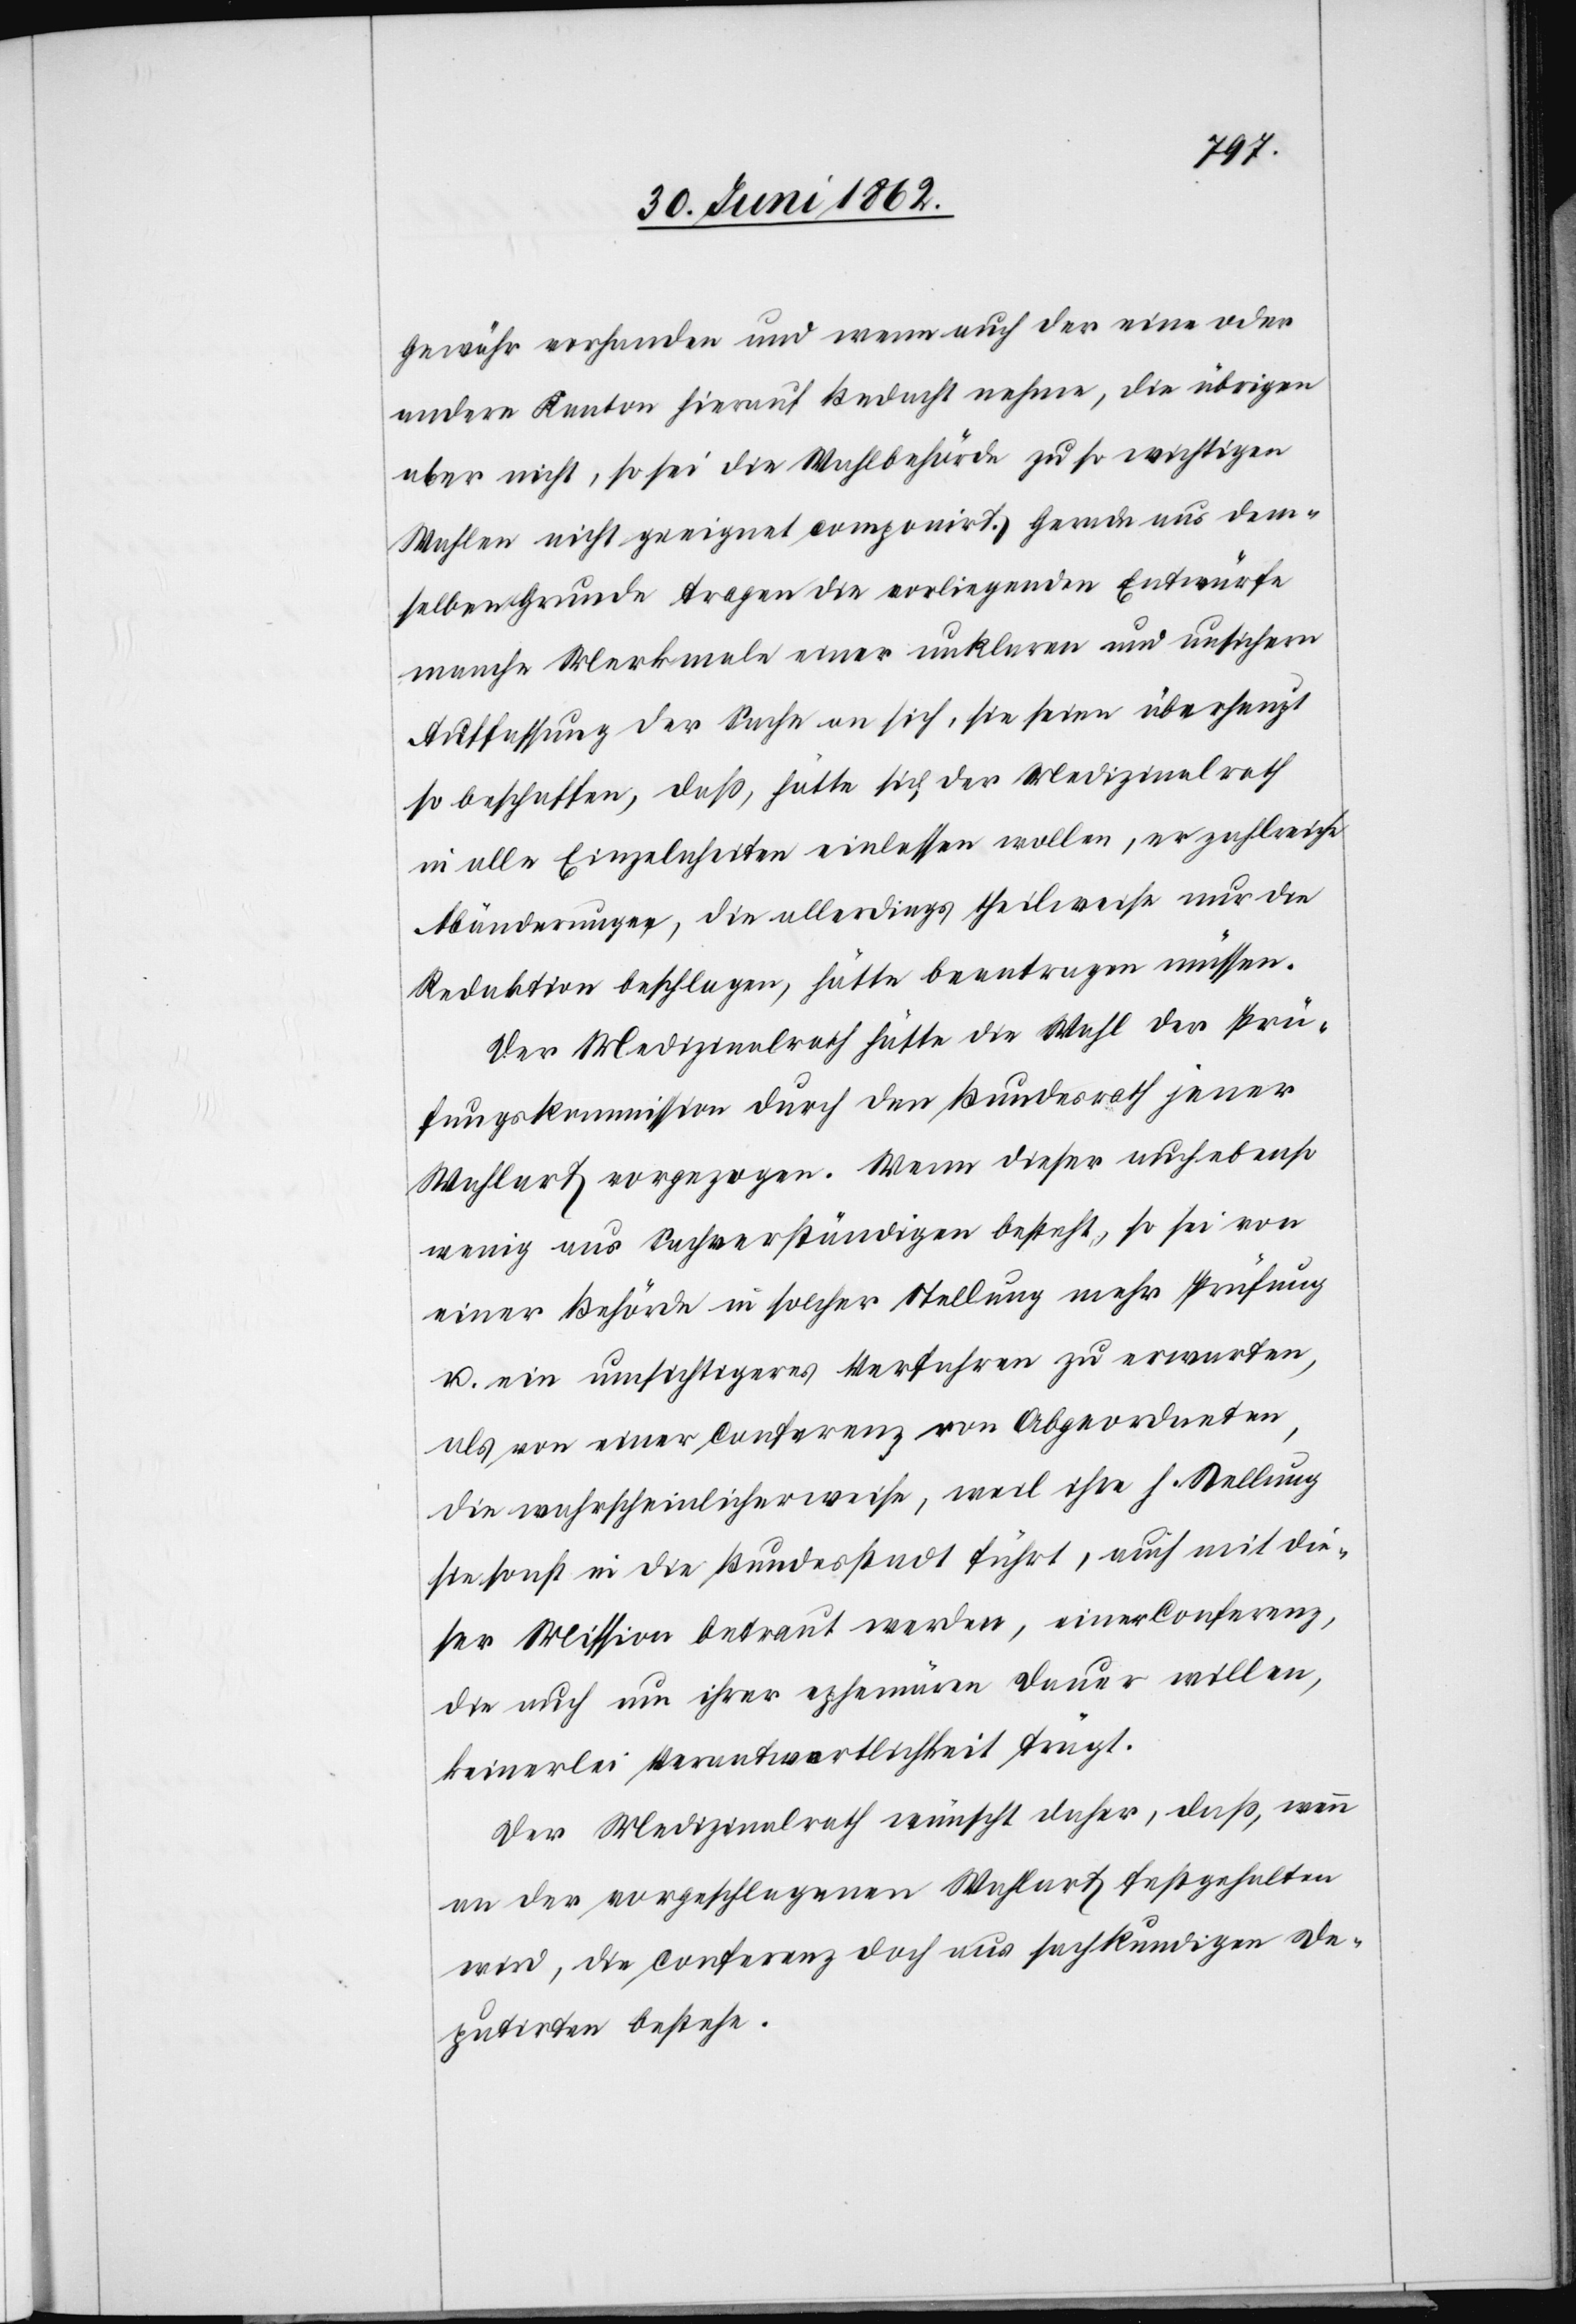
Gewähr vorhanden und wenn auch der eine oder
andere Kanton hierauf Bedacht nehme, die übrigen
aber nicht, so sei die Wahlbehörde zu so wichtigen
Wahlen nicht geeignet componirt. Gerade aus dem¬
selben Grunde tragen die vorliegenden Entwürfe
manche Merkmale einer unklaren und unsichern
Auffassung der Sache an sich, sie seien überhaupt
so beschaffen, daß, hätte sich der Medizinalrath
in alle Einzelheiten einlassen wollen, er zahlreiche
Abänderungen, die allerdings theilweise nur die
Redaktion beschlagen, hätte beantragen müssen.
Der Medizinalrath hätte die Wahl der Prü¬
fungskommission durch den Bundesrath jener
Wahlart vorgezogen. Wenn dieser auch ebenso
wenig aus Sachverständigen besteht, so sei von
einer Behörde in solcher Stellung mehr Prüfung
u. ein umsichtigeres Verfahren zu erwarten,
als von einer Conferenz von Abgeordneten,
die Wahrscheinlicherweise, weil ihrer h. Stellung
sie sonst in die Bundesstadt führt, auch mit die¬
ser Mission betraut werden, einer Conferenz,
die auch um ihrer ephemären Dauer willen,
keinerlei Verantwortlichkeit trägt.
Der Medizinalrath wünscht daher, daß, wenn
an der vorgeschlagenen Wahlart festgehalten
wird, die Conferenz doch aus sachkundigen De¬
putirten bestehe.